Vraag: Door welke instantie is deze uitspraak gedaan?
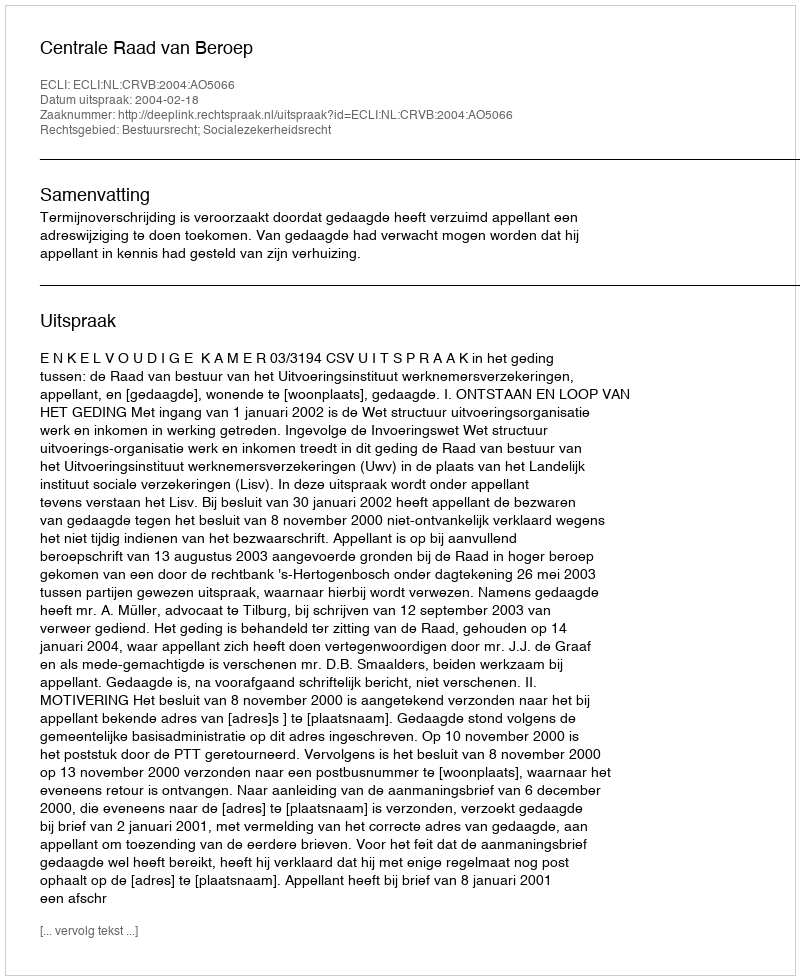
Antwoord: Centrale Raad van Beroep